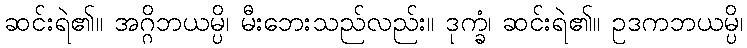
ဆင်းရဲ၏။ အဂ္ဂိဘယမ္ပိ၊ မီးဘေးသည်လည်း။ ဒုက္ခံ၊ ဆင်းရဲ၏။ ဥဒကဘယမ္ပိ၊